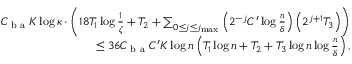
\begin{array} { r } { C _ { \textup { b a } } K \log \kappa \cdot \left( 1 8 T _ { 1 } \log \frac 1 \zeta + T _ { 2 } + \sum _ { 0 \le j \le j _ { \operatorname* { m a x } } } \left( 2 ^ { - j } C ^ { \prime } \log \frac n \delta \right) \left( 2 ^ { j + 1 } T _ { 3 } \right) \right) } \\ { \le 3 6 C _ { \textup { b a } } C ^ { \prime } K \log n \left( T _ { 1 } \log n + T _ { 2 } + T _ { 3 } \log n \log \frac n \delta \right) , } \end{array}